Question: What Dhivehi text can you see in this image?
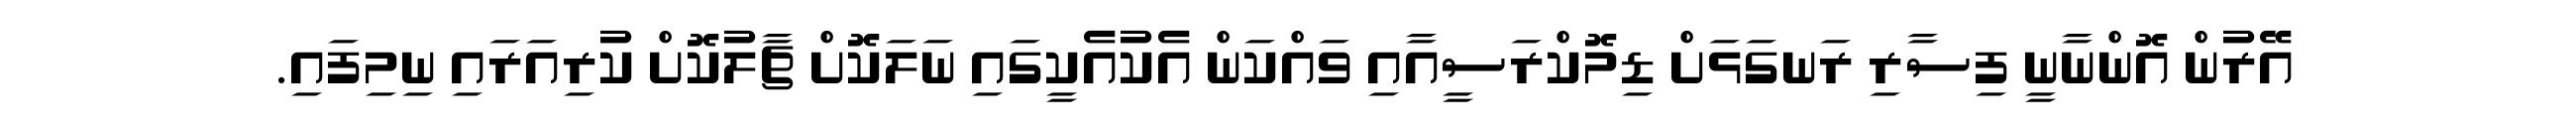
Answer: އޭރުން އޮންނާނީ ފިސާރި ރަނގަޅަށް ޑިމޮކްރަސީއާއި ވައްކަން އެކުއެކީގައި ނަލަކޮށް ޗާލުކޮށް ކުރިއަރައި ނިމިފައި.